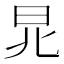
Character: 𣅬